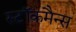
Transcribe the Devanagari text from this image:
स्टॉकमैन्स